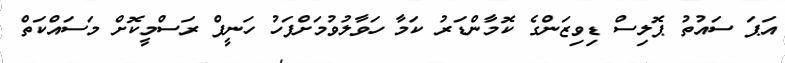
އަޕަ ސައުތު ޕޮލިސް ޑިވިޒަންގެ ކޮމާންޑަރު ކަމާ ހަވާލުވުމަށްފަހު ހަނީފް ރަސްމީކޮށް މަސައްކަތް